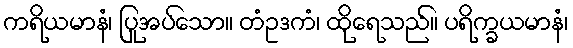
ကရိယမာနံ၊ ပြုအပ်သော။ တံဥဒကံ၊ ထိုရေသည်။ ပရိက္ခယမာနံ၊